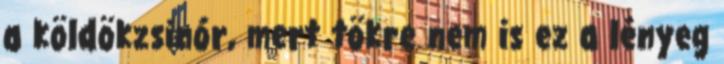
a köldökzsinór, mert tökre nem is ez a lényeg